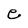
Character: e